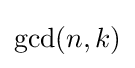
\operatorname {gcd} (n,k)